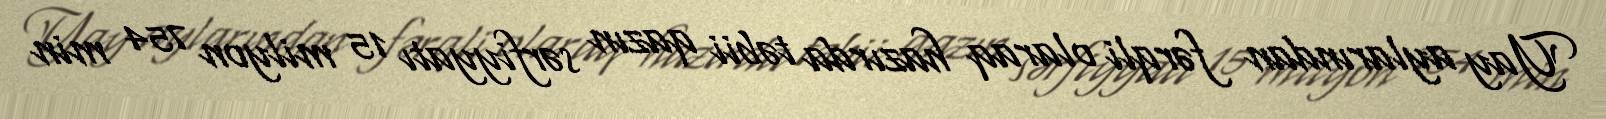
Yay aylarından fərqli olaraq hazırda təbii qazın sərfiyyatı 15 milyon 754 min